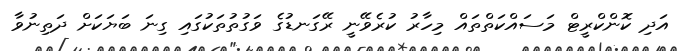
އަދި ކޮންކްރީޓް މަސައްކަތްތައް މިހާރު ކުރެވޭނީ ރޭގަނޑުގެ ވަގުތުތަކުގައި ގިނަ ބަޔަކަށް ދަތިނުވާ